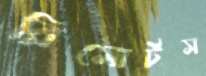
রিসোর্টস